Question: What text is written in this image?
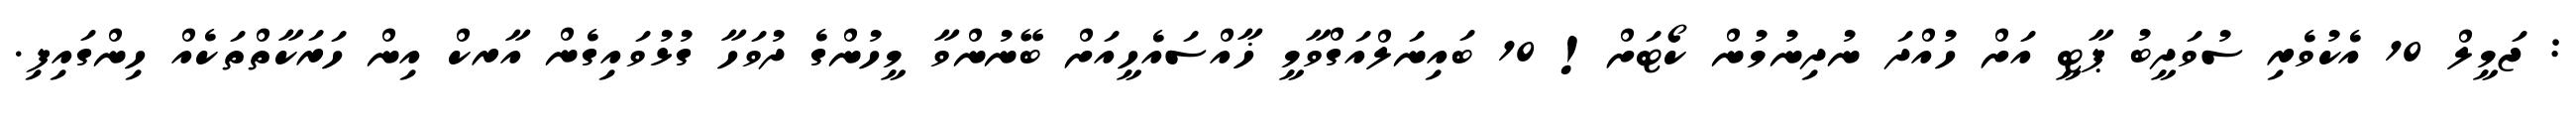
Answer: : ޖަމީލް 10 އެކުވެރި ސުވަދީބު ޕާޓީ އަށް ހުއްދަ ނުދިނުމުން ކޯޓަށް! 10 ބައިނަލްއަގްވާމީ ޚާއްސައެހީއަށް ބޭނުންވާ މީހުންގެ ދުވަހާ ގުޅުވައިގެން އާރކް އިން ހަރަކާތްތަކެއް ހިންގައިފި.